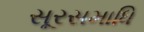
સૂરસમાધિ